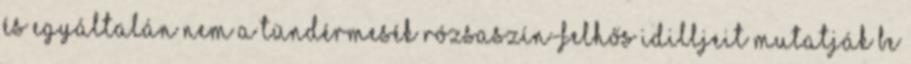
és egyáltalán nem a tündérmesék rózsaszín-felhős idilljeit mutatják be